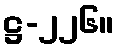
ဋ္ဌ-၂၂၆။